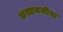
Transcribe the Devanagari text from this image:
रुस्तमजीना